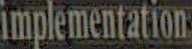
implementation